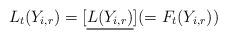
LaTeX: \begin{align*}L_t(Y_{i, r})=[\underline{L(Y_{i, r})}](=F_t(Y_{i, r})) \end{align*}